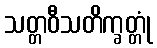
သတ္တဝီသတိက္ခတ္တုံ